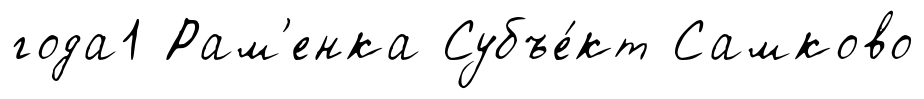
года1 Рам'енка Субъе́кт Самково